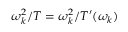
\omega _ { k } ^ { 2 } / T = \omega _ { k } ^ { 2 } / T ^ { \prime } ( \omega _ { k } )